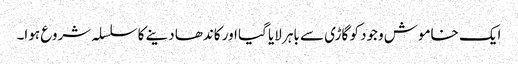
ایک خاموش وجود کو گاڑی سے باہر لایا گیا اور کاندھا دینے کا سلسلہ شروع ہوا۔